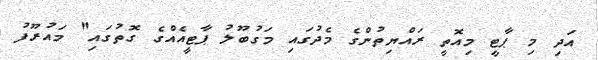
އަދި މި ޕާޓީ މިއޮތީ ރައްޔިތުންގެ މެދުގައި މަގުބޫލު ޕާޓީއެއްގެ ގޮތުގައި" މައުރޫފު